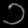
Digit: ၁